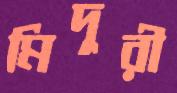
মিদুরী